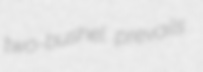
two-bushel prevails